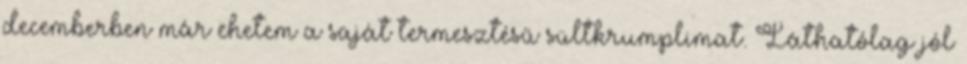
decemberben már ehetem a saját termesztésű sültkrumplimat. Láthatólag jól